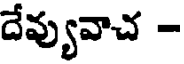
దేవ్యువాచ -